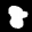
Label: 8